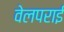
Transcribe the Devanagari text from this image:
वेलपराई